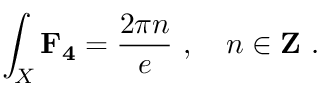
\int _ { X } \mathbf { F _ { 4 } } = \frac { 2 \pi n } { e } \ , \quad n \in { \bf Z } \ .